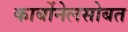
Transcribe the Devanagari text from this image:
कार्बोनेलसोबत